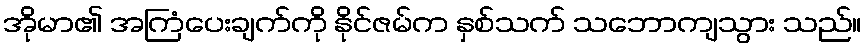
အိုမာ၏ အကြံပေးချက်ကို နိုင်ဇမ်က နှစ်သက် သဘောကျသွား သည်။